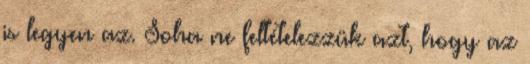
is legyen az. Soha ne feltételezzük azt, hogy az